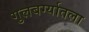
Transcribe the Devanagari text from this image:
गुलबर्ग्यातला